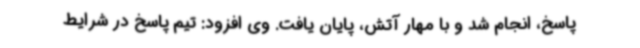
پاسخ، انجام شد و با مهار آتش، پایان یافت. وی افزود: تیم پاسخ در شرایط